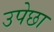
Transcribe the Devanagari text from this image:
उपेछा